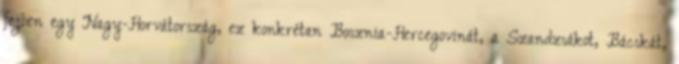
fejben egy Nagy-Horvátország, ez konkrétan Bosznia-Hercegovinát, a Szandzsákot, Bácskát,